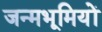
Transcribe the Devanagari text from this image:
जन्मभूमियों